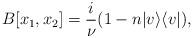
LaTeX: \begin{align*}B[x_1, x_2] = \frac{i}{\nu}(1 - n | v \rangle \langle v |),\end{align*}